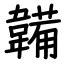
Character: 韛